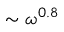
\sim \omega ^ { 0 . 8 }